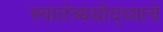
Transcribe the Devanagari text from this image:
स्वातंत्र्ययोद्‌ध्याचे